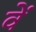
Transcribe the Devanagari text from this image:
वेें